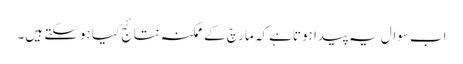
اب سوال یہ پیدا ہوتاہے کہ مارچ کے ممکنہ نتائج کیا ہوسکتے ہیں۔